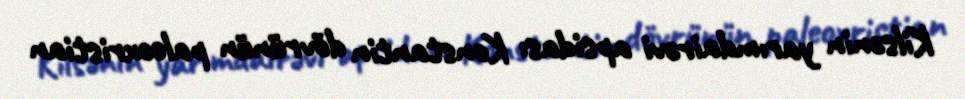
Kilsənin yarımdairəvi apsidası Konstantin dövrünün paleoxristian